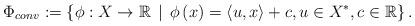
LaTeX: \begin{align*}\Phi_{conv}:=\left\{ \phi:X\to\mathbb{R}\, \mid \, \phi\left(x\right)=\left\langle u,x\right\rangle+c ,u\in X^*,c\in \mathbb{R}\right\}. \end{align*}